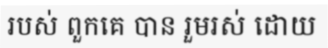
របស់ ពួកគេ បាន រួមរស់ ដោយ